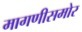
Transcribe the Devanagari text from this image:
मागणीसमोर